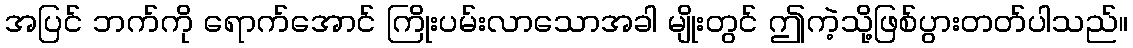
အပြင် ဘက်ကို ရောက်အောင် ကြိုးပမ်းလာသောအခါ မျိုးတွင် ဤကဲ့သို့ဖြစ်ပွားတတ်ပါသည်။